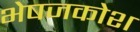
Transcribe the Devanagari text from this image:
भेषजकोश